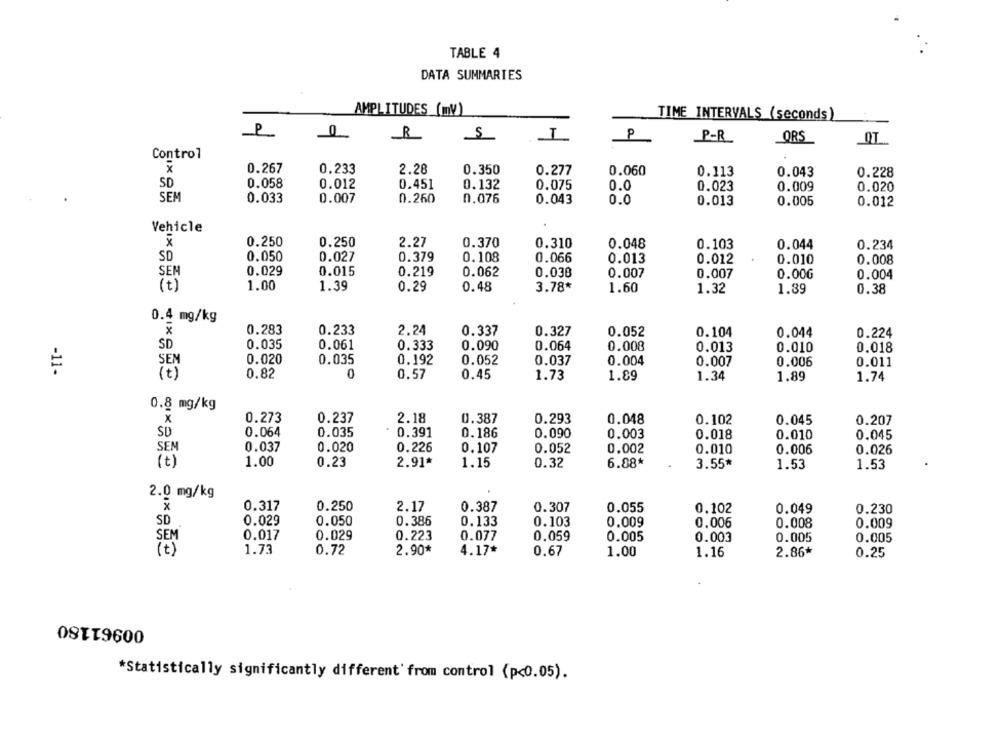
TABLE 4
DATA SUMMARIES
AMPLITUDES (mV)
TIME INTERVALS (seconds)
P
P-R
ORS
Control
x
0.267
0.233
2.28
0.350
0.277
0.060
0.113
0.043
0.228
SD
0.058
0.012
0.451
0.132
0.0
0.023
0.075
0.009
0.020
SEM
0.033
0.007
0.260
0.076
0.043
0.0
0.005
0.013
0.012
Vehicle
0.250
0.250
2.27
0.370
0.310
0.048
0.103
0.044
0.234
SD
0.050
0.027
0.379
0.108
0.066
0.013
0.012
0.010
0.008
SEN
0.029
0.015
0.219
0.062
0.038
0.007
0.007
0.00G
0.004
(t)
1.00
1.39
0.29
0.48
3.78*
1.60
1.32
1.39
0.38
0.4 mg/kg
*
0.283
0.233
2.24
0.337
0.327
0.052
0.104
0.044
0.224
SD
0.035
0.061
0.333
0.090
0.064
0.008
0.013
0.010
0.018
SEM
0.020
0.035
0.192
0.052
0.037
0.004
0.007
0.006
0.011
-11-
(t)
0.82
0
0.57
0.45
1.73
1.89
1.34
1.89
1.74
0.8 mg/kg
0.273
0.237
2.18
0.387
0.293
0.048
0.102
0.045
0.207
SD
0.064
0.035
0.391
0.186
0.090
0.003
0.018
0.010
0.045
SEM
0.037
0.020
0.226
0.107
0.052
0.002
0.010
0.006
0.026
(t)
1.00
0.23
2.91
1.15
0.32
6.88*
3.55*
1.53
1.53
2.0 mg/kg
0.317
0.250
2.17
0.387
0.307
0.055
0.102
0.049
0.230
SD
0.029
0.050
0.386
0.133
0.103
0,009
0.006
0.008
0.009
0.017
0.029
0.223
SEM
0.077
0.059
0.005
0.003
0.005
0.005
(t)
1.73
2.90*
4.17*
0.72
0.67
1.00
1.16
2.86*
0.25
00961180
*Statistically significantly different' from control (p<0.05).